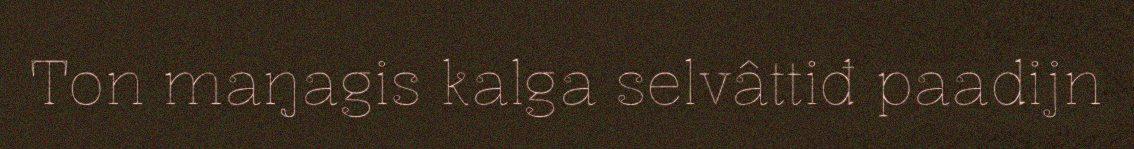
Ton maŋagis kalga selvâttiđ paadijn